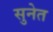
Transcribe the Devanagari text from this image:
सुनेत